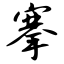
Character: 搴